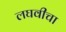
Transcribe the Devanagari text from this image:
लघवीचा